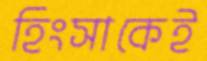
হিংসাকেই